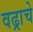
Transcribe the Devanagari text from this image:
वढ्राचे